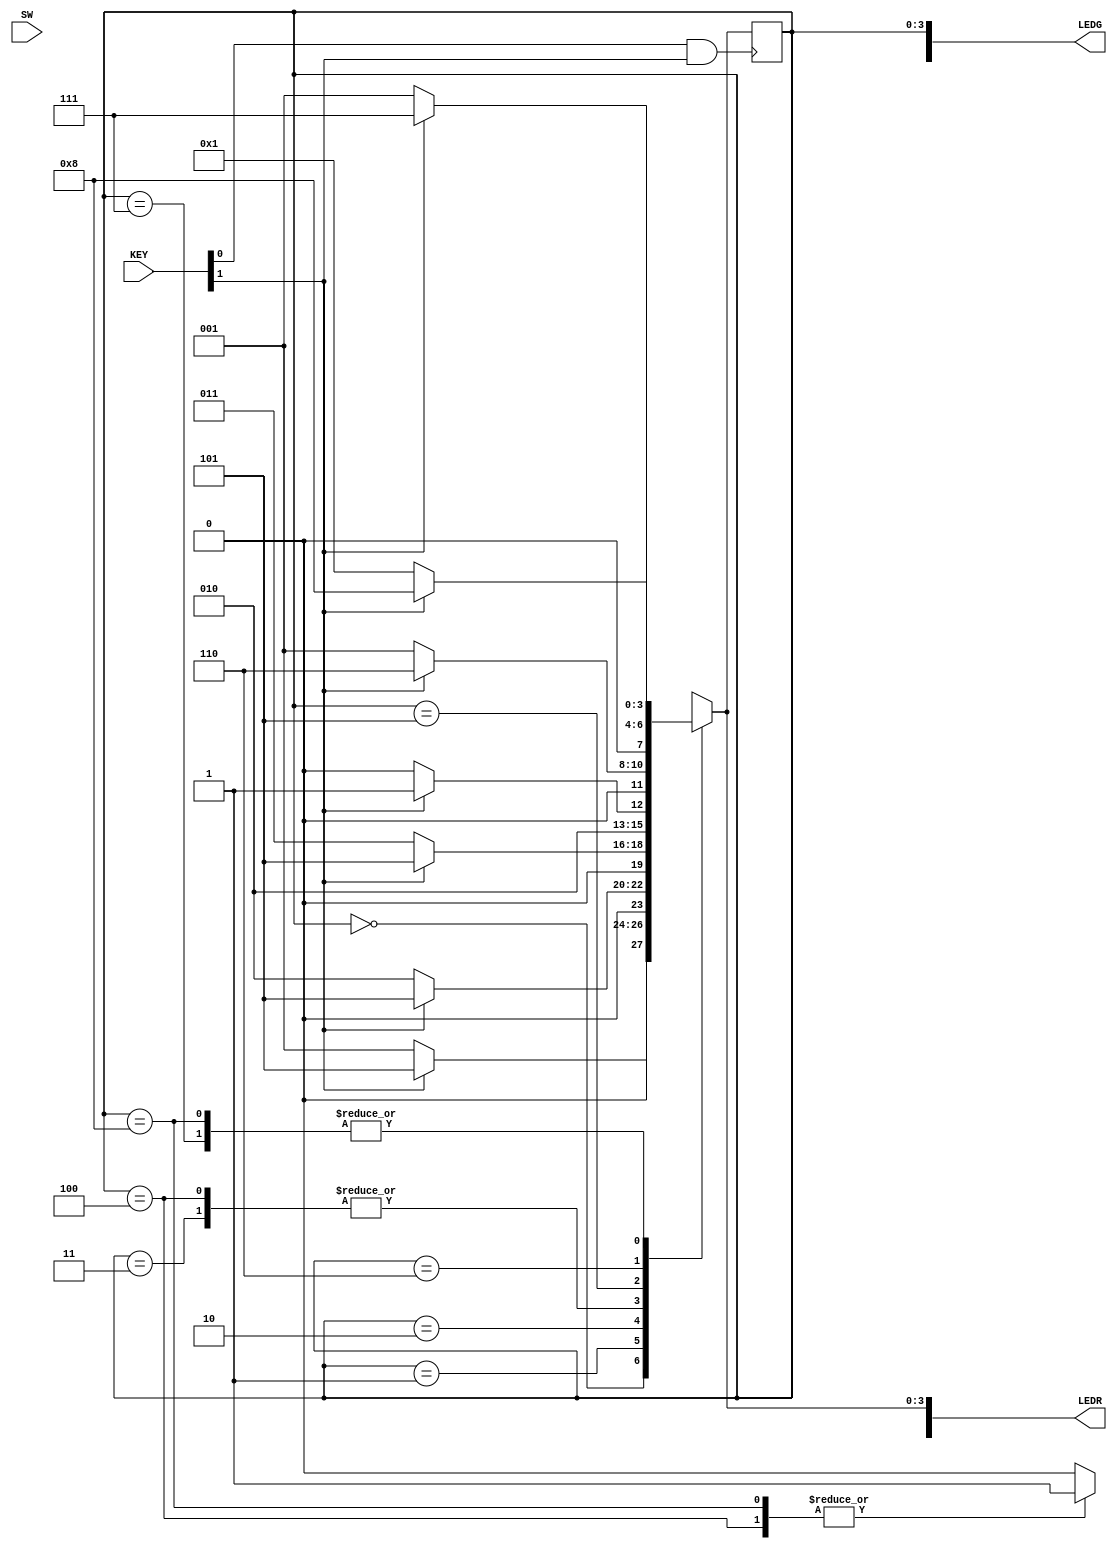
module part22 (SW, KEY, LEDR, LEDG);
  input [17:0] SW;
  input [3:0] KEY;
  output [17:0] LEDR;
  output [8:0] LEDG;

  wire w;
  assign w = KEY[1];

  wire Clock;
  assign Clock = KEY[0];
  reg z;

  reg [3:0] y_Q, Y_D; // y_Q represents current state, Y_D represents next state
  parameter A = 4'b0000, B = 4'b0001, C = 4'b0010, D = 4'b0011, E = 4'b0100, F = 4'b0101, G = 4'b0110, H = 4'b0111, I = 4'b1000;
  always @(w, y_Q)
  begin: state_table
    case (y_Q)
      A: if (!w) Y_D = B;
        else Y_D = F;
      B: if (!w) Y_D = C;
        else Y_D = F;
      C: if (!w) Y_D = D;
        else Y_D = F;
      D: if (!w) Y_D = E;
        else Y_D = F;
      E: if (!w) Y_D = E;
        else Y_D = F;
      F: if (w) Y_D = G;
        else Y_D = B;
      G: if (w) Y_D = H;
        else Y_D = B;
      H: if (w) Y_D = I;
        else Y_D = B;
      I: if (w) Y_D = I;
        else Y_D = B;
      default: Y_D = 4'bxxxx;
    endcase
  end // state_table
  always @(posedge (Clock && KEY[1]))
  begin: state_FFs
    y_Q = Y_D;
  end // state_FFS

  always 
  begin: zset
    case (y_Q)
      E: z = 1;
      I: z = 1;
      default: z = 0;
    endcase
  end

  assign LEDG[3:0] = y_Q;
  assign LEDR[3:0] = Y_D;

  assign LEDR[17] = z;
endmodule
module test (A, B, Out);
  input A, B;
  output reg Out;

  always
    case (A)
      0: Out = 0;
      1: Out = B;
    endcase
endmodule